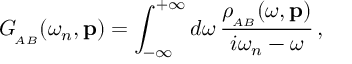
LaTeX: G _ { _ { \! A B } } ( \omega _ { n } , { \bf p } ) = \int _ { - \infty } ^ { + \infty } d \omega \, { \frac { \rho _ { _ { \! A B } } ( \omega , { \bf p } ) } { i \omega _ { n } - \omega } } \, ,